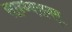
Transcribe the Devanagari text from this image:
सान्ध्यरागम्